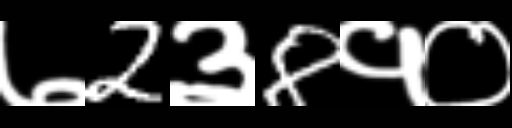
Text: ७2३8१०